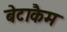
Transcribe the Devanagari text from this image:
बेटाकैम